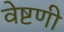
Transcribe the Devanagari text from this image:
वेष्टणी